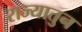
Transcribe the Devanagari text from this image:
राज्यातुन